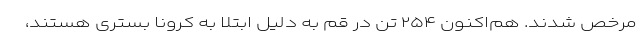
مرخص شدند. هم‌اکنون ۲۵۴ تن در قم به دلیل ابتلا به کرونا بستری هستند،